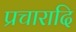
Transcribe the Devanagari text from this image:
प्रचारादि